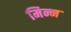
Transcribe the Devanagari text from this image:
मिन्न